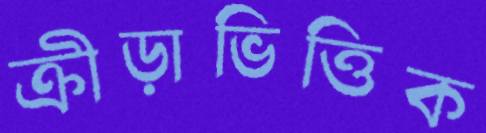
ক্রীড়াভিত্তিক